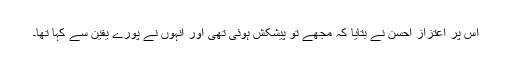
اس پر اعتزاز احسن نے بتایا کہ مجھے تو پیشکش ہوئی تھی اور انہوں نے پورے یقین سے کہا تھا۔